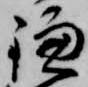
鎌